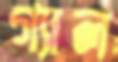
গ্যাল